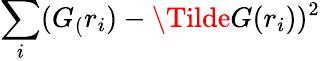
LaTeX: \sum_{i}(G_{(}r_{i})-\Tilde{G}(r_{i}))^{2}